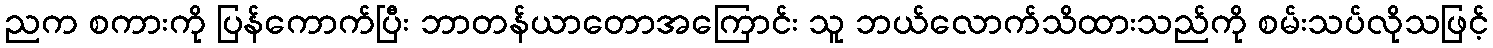
ညက စကားကို ပြန်ကောက်ပြီး ဘာတန်ယာတောအကြောင်း သူ ဘယ်လောက်သိထားသည်ကို စမ်းသပ်လိုသဖြင့်